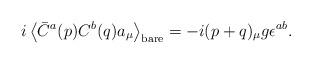
LaTeX: \begin{align*}i\left<\bar C^a(p)C^b(q)a_\mu\right>_{\rm bare} =-i(p+q)_\mu g\epsilon^{ab}.\end{align*}